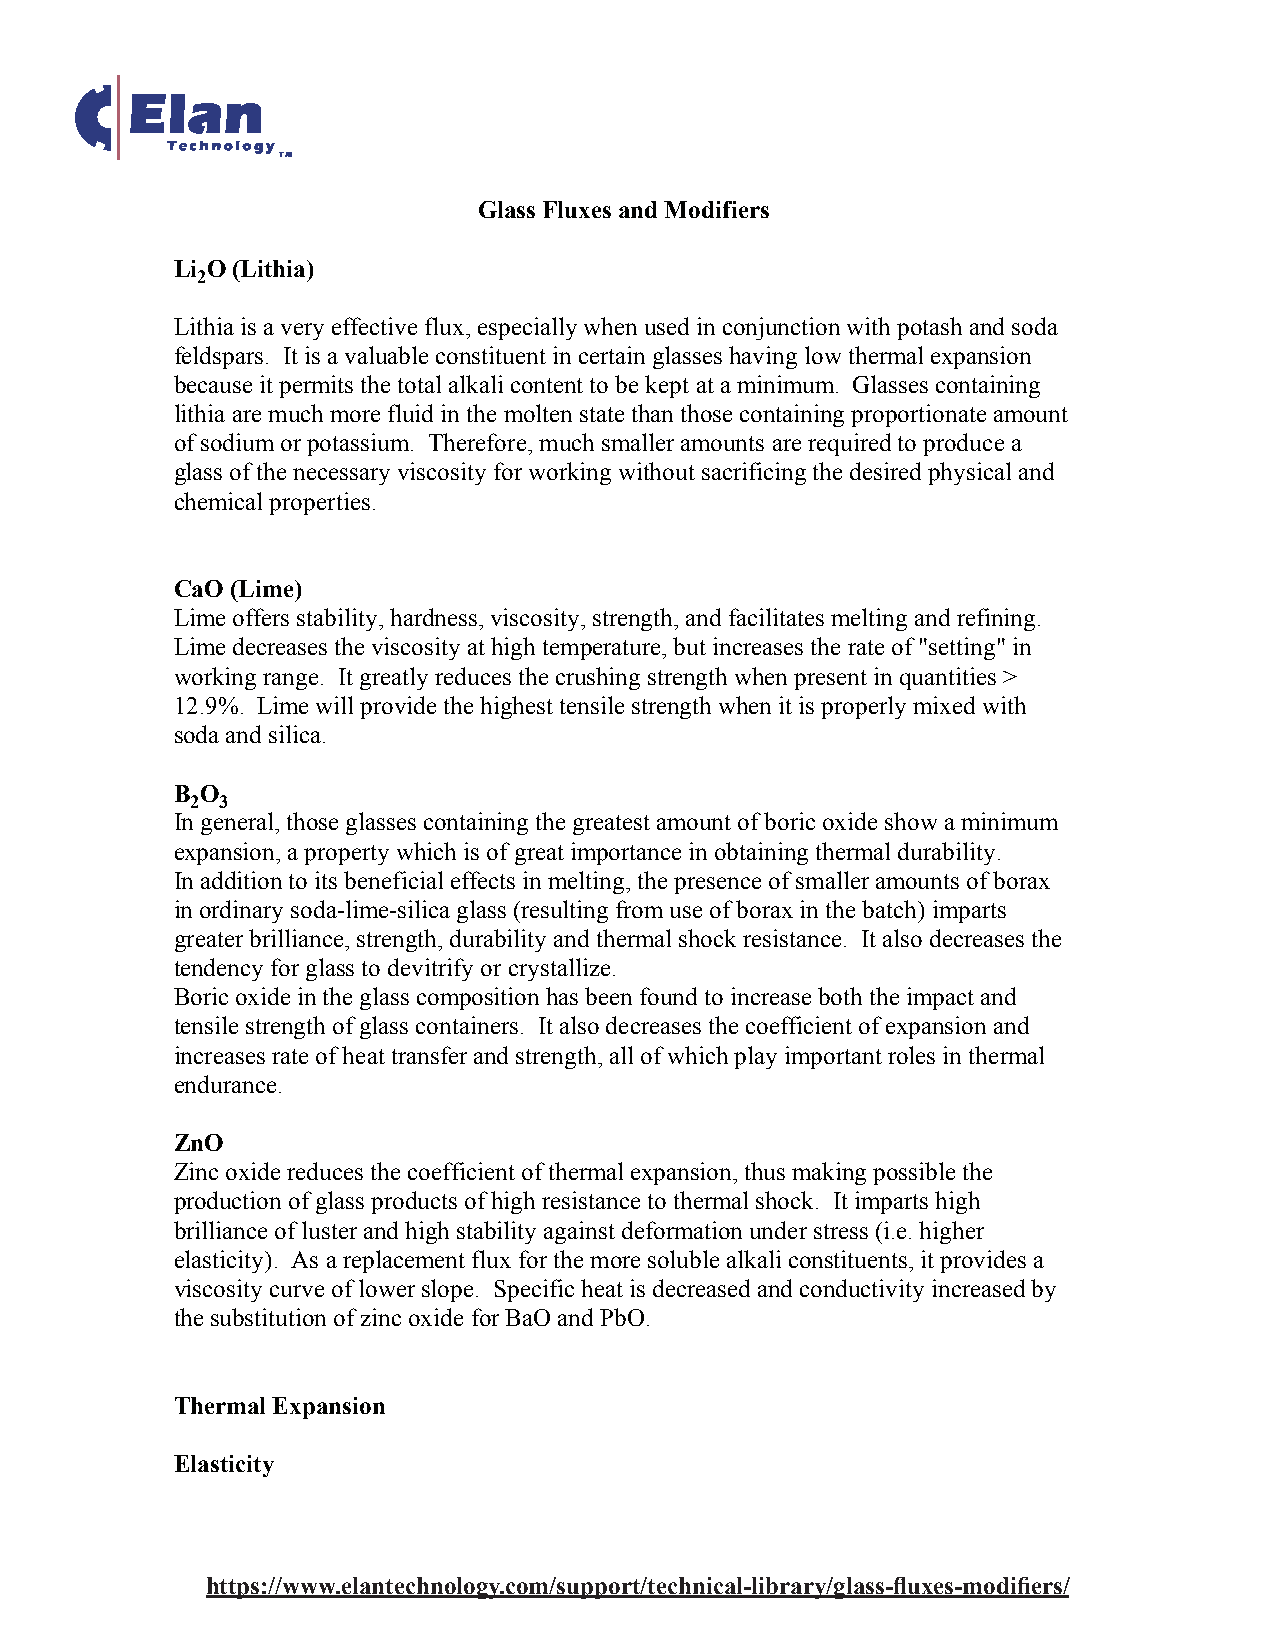
Glass Fluxes and Modifiers
 Li O (Lithia)
 2
 Lithia is a very effective flux, especially when used in conjunction with potash and soda
 feldspars. It is a valuable constituent in certain glasses having low thermal expansion
 because it permits the total alkali content to be kept at a minimum. Glasses containing
 lithia are much more fluid in the molten state than those containing proportionate amount
 of sodium or potassium. Therefore, much smaller amounts are required to produce a
 glass of the necessary viscosity for working without sacrificing the desired physical and
 chemical properties.
 CaO (Lime)
 Lime offers stability, hardness, viscosity, strength, and facilitates melting and refining.
 Lime decreases the viscosity at high temperature, but increases the rate of "setting" in
 working range. It greatly reduces the crushing strength when present in quantities >
 12.9%. Lime will provide the highest tensile strength when it is properly mixed with
 soda and silica.
 B O
 2 3
 In general, those glasses containing the greatest amount of boric oxide show a minimum
 expansion, a property which is of great importance in obtaining thermal durability.
 In addition to its beneficial effects in melting, the presence of smaller amounts of borax
 in ordinary soda-lime-silica glass (resulting from use of borax in the batch) imparts
 greater brilliance, strength, durability and thermal shock resistance. It also decreases the
 tendency for glass to devitrify or crystallize.
 Boric oxide in the glass composition has been found to increase both the impact and
 tensile strength of glass containers. It also decreases the coefficient of expansion and
 increases rate of heat transfer and strength, all of which play important roles in thermal
 endurance.
 ZnO
 Zinc oxide reduces the coefficient of thermal expansion, thus making possible the
 production of glass products of high resistance to thermal shock. It imparts high
 brilliance of luster and high stability against deformation under stress (i.e. higher
 elasticity). As a replacement flux for the more soluble alkali constituents, it provides a
 viscosity curve of lower slope. Specific heat is decreased and conductivity increased by
 the substitution of zinc oxide for BaO and PbO.
 Thermal Expansion
 Elasticity
 https://www.elantechnology.com/support/technical-library/glass-fluxes-modifiers/